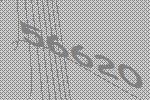
56620